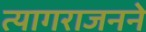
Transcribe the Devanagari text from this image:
त्यागराजनने